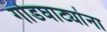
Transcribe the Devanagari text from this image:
गोडघाट्यांना